Annual report on the health of the army in India
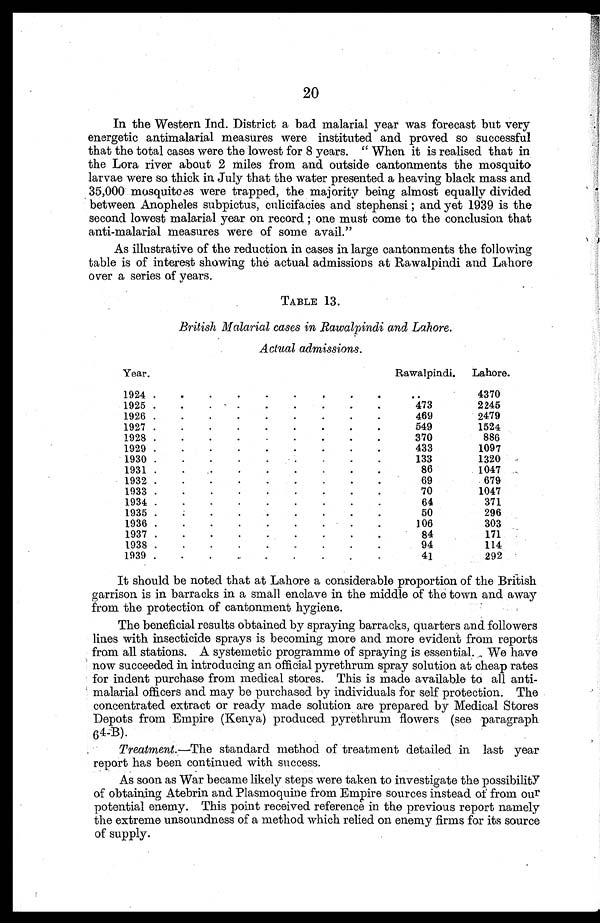
20
In the Western Ind. District a bad malarial year was forecast but very
energetic antimalarial measures were instituted and proved so successful
that the total cases were the lowest for 8 years. " When it is realised that in
the Lora river about 2 miles from and outside cantonments the mosquito
larvae were so thick in July that the water presented a heaving black mass and
35,000 mosquitoes were trapped, the majority being almost equally divided
between Anopheles subpictus, culicifacies and stephensi ; and yet 1939 is the
second lowest malarial year on record ; one must come to the conclusion that
anti-malarial measures were of some avail."
As illustrative of the reduction in cases in large cantonments the following
table is of interest showing the actual admissions at Rawalpindi and Lahore
over a series of years.
TABLE 13.
British Malarial cases in Rawalpindi and Lahore
Actual admissions.
Year.
Rawalpindi.
Lahore.
1924 .
.
.
.
-
.
.
-
.
. .
4370
1925.
.
.
.
.
.
.
.
.
473
2245
1926 .
.
.
.
.
.
.
.
.
469
2479
1927 .
.
.
.
.
.
.
.
.
549
1524
1928 .
.
.
.
-
.
-
-
.
370
886
1929 .
.
.
.
.
.
.
.
.
433
1097
1930 .
.
.
.
.
.
.
.
.
133
1320
1931 .
.
.
.
.
.
.
.
.
86
1047
_
1932 .
.
.
.
.
.
.
.
.
69
679
1933 .
.
.
.
.
.
.
.
.
70
1047
1934 .
.
.
.
.
.
.
.
.
64
371
1935 .
.
.
.
.
.
.
.
.
50
296
1936 .
.
.
.
.
.
.
.
.
106
303
1937 .
.
.
.
.
.
.
.
.
84
171
1938 .
.
.
.
.
.
.
.
.
94
114
1939 .
.
.
.
.
.
.
.
.
4 1
292
It should be noted that at Lahore a considerable proportion of the British
garrison is in barracks in a small enclave in the middle of the town and away
from the protection of cantonment hygiene.
The beneficial results obtained by spraying barracks, quarters and followers
lines with insecticide sprays is becoming more and more evident from reports
from all stations. A systemetic programme of spraying is essential. We have
now succeeded in introducing an official pyrethrum spray solution at cheap rates
for indent purchase from medical stores. This is made available to all anti
malarial officers and may be purchased by individuals for self protection. The
concentrated extract or ready made solution are prepared by Medical Stores
Depots from Empire (Kenya) produced pyrethrum flowers (see paragraph
64-B).
Treatment.—The standard method of treatment detailed in last year
report has been continued with success.
.
As soon as War became likely steps were taken to investigate the possibility
of obtaining Atebrin and Plasmoquine from Empire sources instead of from our
potential enemy. This point received reference in the previous report namely
the extreme unsoundness of a method which relied on enemy firms for its source
of supply.